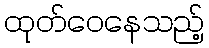
ထုတ်ဝေနေသည့်